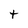
Character: t